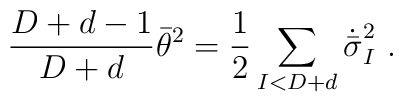
{D+d-1 \over D+d} \bar\theta^2 = {1\over2} \sum_{I<D+d} \dot{\bar\sigma}_I^2 \ .